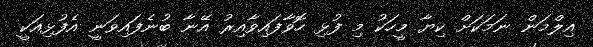
އިލްމަން ނަމަކަށް ކިޔާ މީހަކު މި ފުޅި ހޮވާފައިވާއިރު އޭނާ ބުނެފައިވަނީ އެފުޅިއަކީ